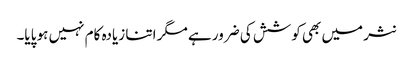
نثر میں بھی کوشش کی ضرور ہے مگر اتنا زیادہ کام نہیں ہو پایا۔